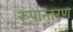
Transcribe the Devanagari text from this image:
रूपान्‍तरण